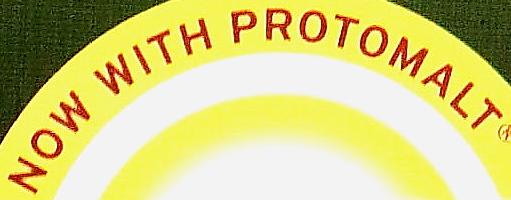
NOW WITH PROTOMALT